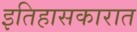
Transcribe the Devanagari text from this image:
इतिहासकारात